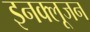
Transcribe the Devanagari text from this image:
इनक्लूजन